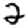
Digit: 2